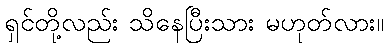
ရှင်တို့လည်း သိနေပြီးသား မဟုတ်လား။